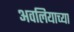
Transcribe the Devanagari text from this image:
अवलियाच्या